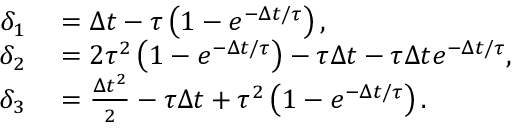
\begin{array} { r l } { \delta _ { 1 } } & { { } = \Delta t - \tau \left( { 1 - e ^ { - \Delta t / \tau } } \right) , } \\ { \delta _ { 2 } } & { { } = 2 \tau ^ { 2 } \left( { 1 - e ^ { - \Delta t / \tau } } \right) - \tau \Delta t - \tau \Delta t e ^ { - \Delta t / \tau } , } \\ { \delta _ { 3 } } & { { } = \frac { \Delta t ^ { 2 } } { 2 } - \tau \Delta t + \tau ^ { 2 } \left( { 1 - e ^ { - \Delta t / \tau } } \right) . } \end{array}